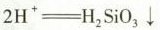
2 H ^ { + } = H _ { 2 } S i 0 _ { 3 } \downarrow$$